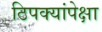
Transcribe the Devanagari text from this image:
ठिपक्यांपेक्षा